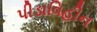
પીડાવિહીન